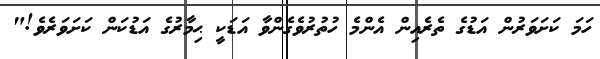
ހަމަ ކަށަވަރުން އަޑުގެ ތެރެއިން އެންމެ ހުތުރުވެގެންވާ އަޑަކީ ޙިމާރުގެ އަޑުކަން ކަށަވަރެވެ!"